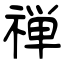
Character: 禅